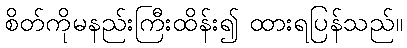
စိတ်ကိုမနည်းကြီးထိန်း၍ ထားရပြန်သည်။